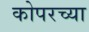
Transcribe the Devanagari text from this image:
कोपरच्या